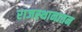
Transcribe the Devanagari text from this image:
राजस्थानातन